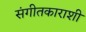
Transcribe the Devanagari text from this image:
संगीतकाराशी